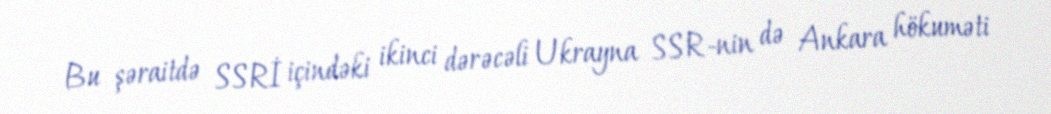
Bu şəraitdə SSRİ içindəki ikinci dərəcəli Ukrayna SSR-nin də Ankara hökuməti